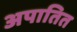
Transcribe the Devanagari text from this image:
अपातित